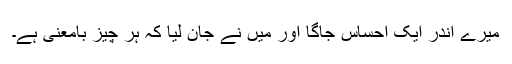
میرے اندر ایک احساس جاگا اور میں نے جان لیا کہ ہر چیز بامعنی ہے۔